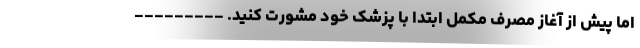
اما پیش از آغاز مصرف مکمل ابتدا با پزشک خود مشورت کنید. ---------